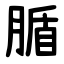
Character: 腯